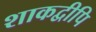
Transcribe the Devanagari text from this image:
शाकद्वीपि